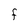
Character: F